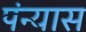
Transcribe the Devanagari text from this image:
पंन्यास